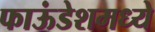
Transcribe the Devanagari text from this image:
फाऊंडेशमध्ये